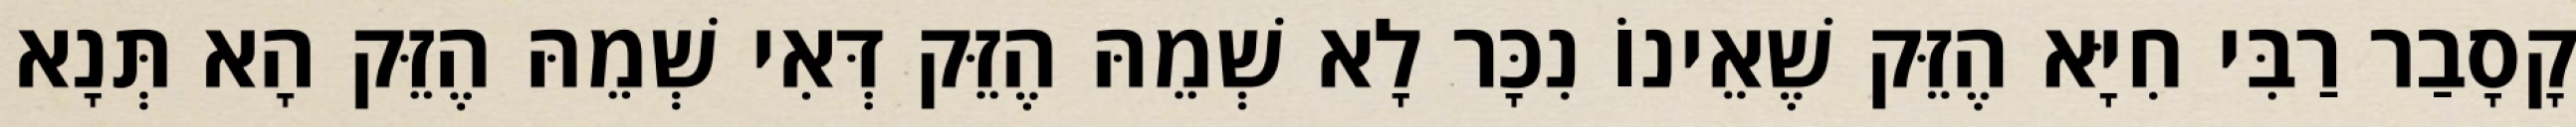
קָסָבַר רַבִּי חִיָּא הֶזֵּק שֶׁאֵינוֹ נִכָּר לָא שְׁמֵהּ הֶזֵּק דְּאִי שְׁמֵהּ הֶזֵּק הָא תְּנָא